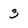
Character: 3